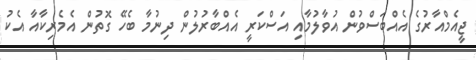
ޖީއެމްއާރުގެ އެއްބަސްވުން އުވާލުމާއި އަސްކަރީ އެއްބާރުލުން ދިނުމާ ބެހޭ ގޮތުން އެމެރިކާއާ އެކު